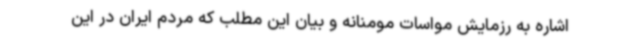
اشاره به رزمایش مواسات مومنانه و بیان این مطلب که مردم ایران در این